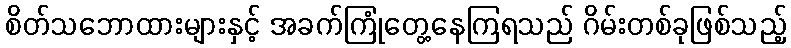
စိတ်သဘောထားများနှင့် အခက်ကြုံတွေ့နေကြရသည် ဂိမ်းတစ်ခုဖြစ်သည့်